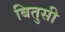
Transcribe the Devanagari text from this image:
बितुसी